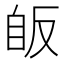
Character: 𦤇